Bréfritari: Gunnlaugur Oddsson
Dagsetning: A-1876-12-10
Skrifað á: Akureyri  Eyf.

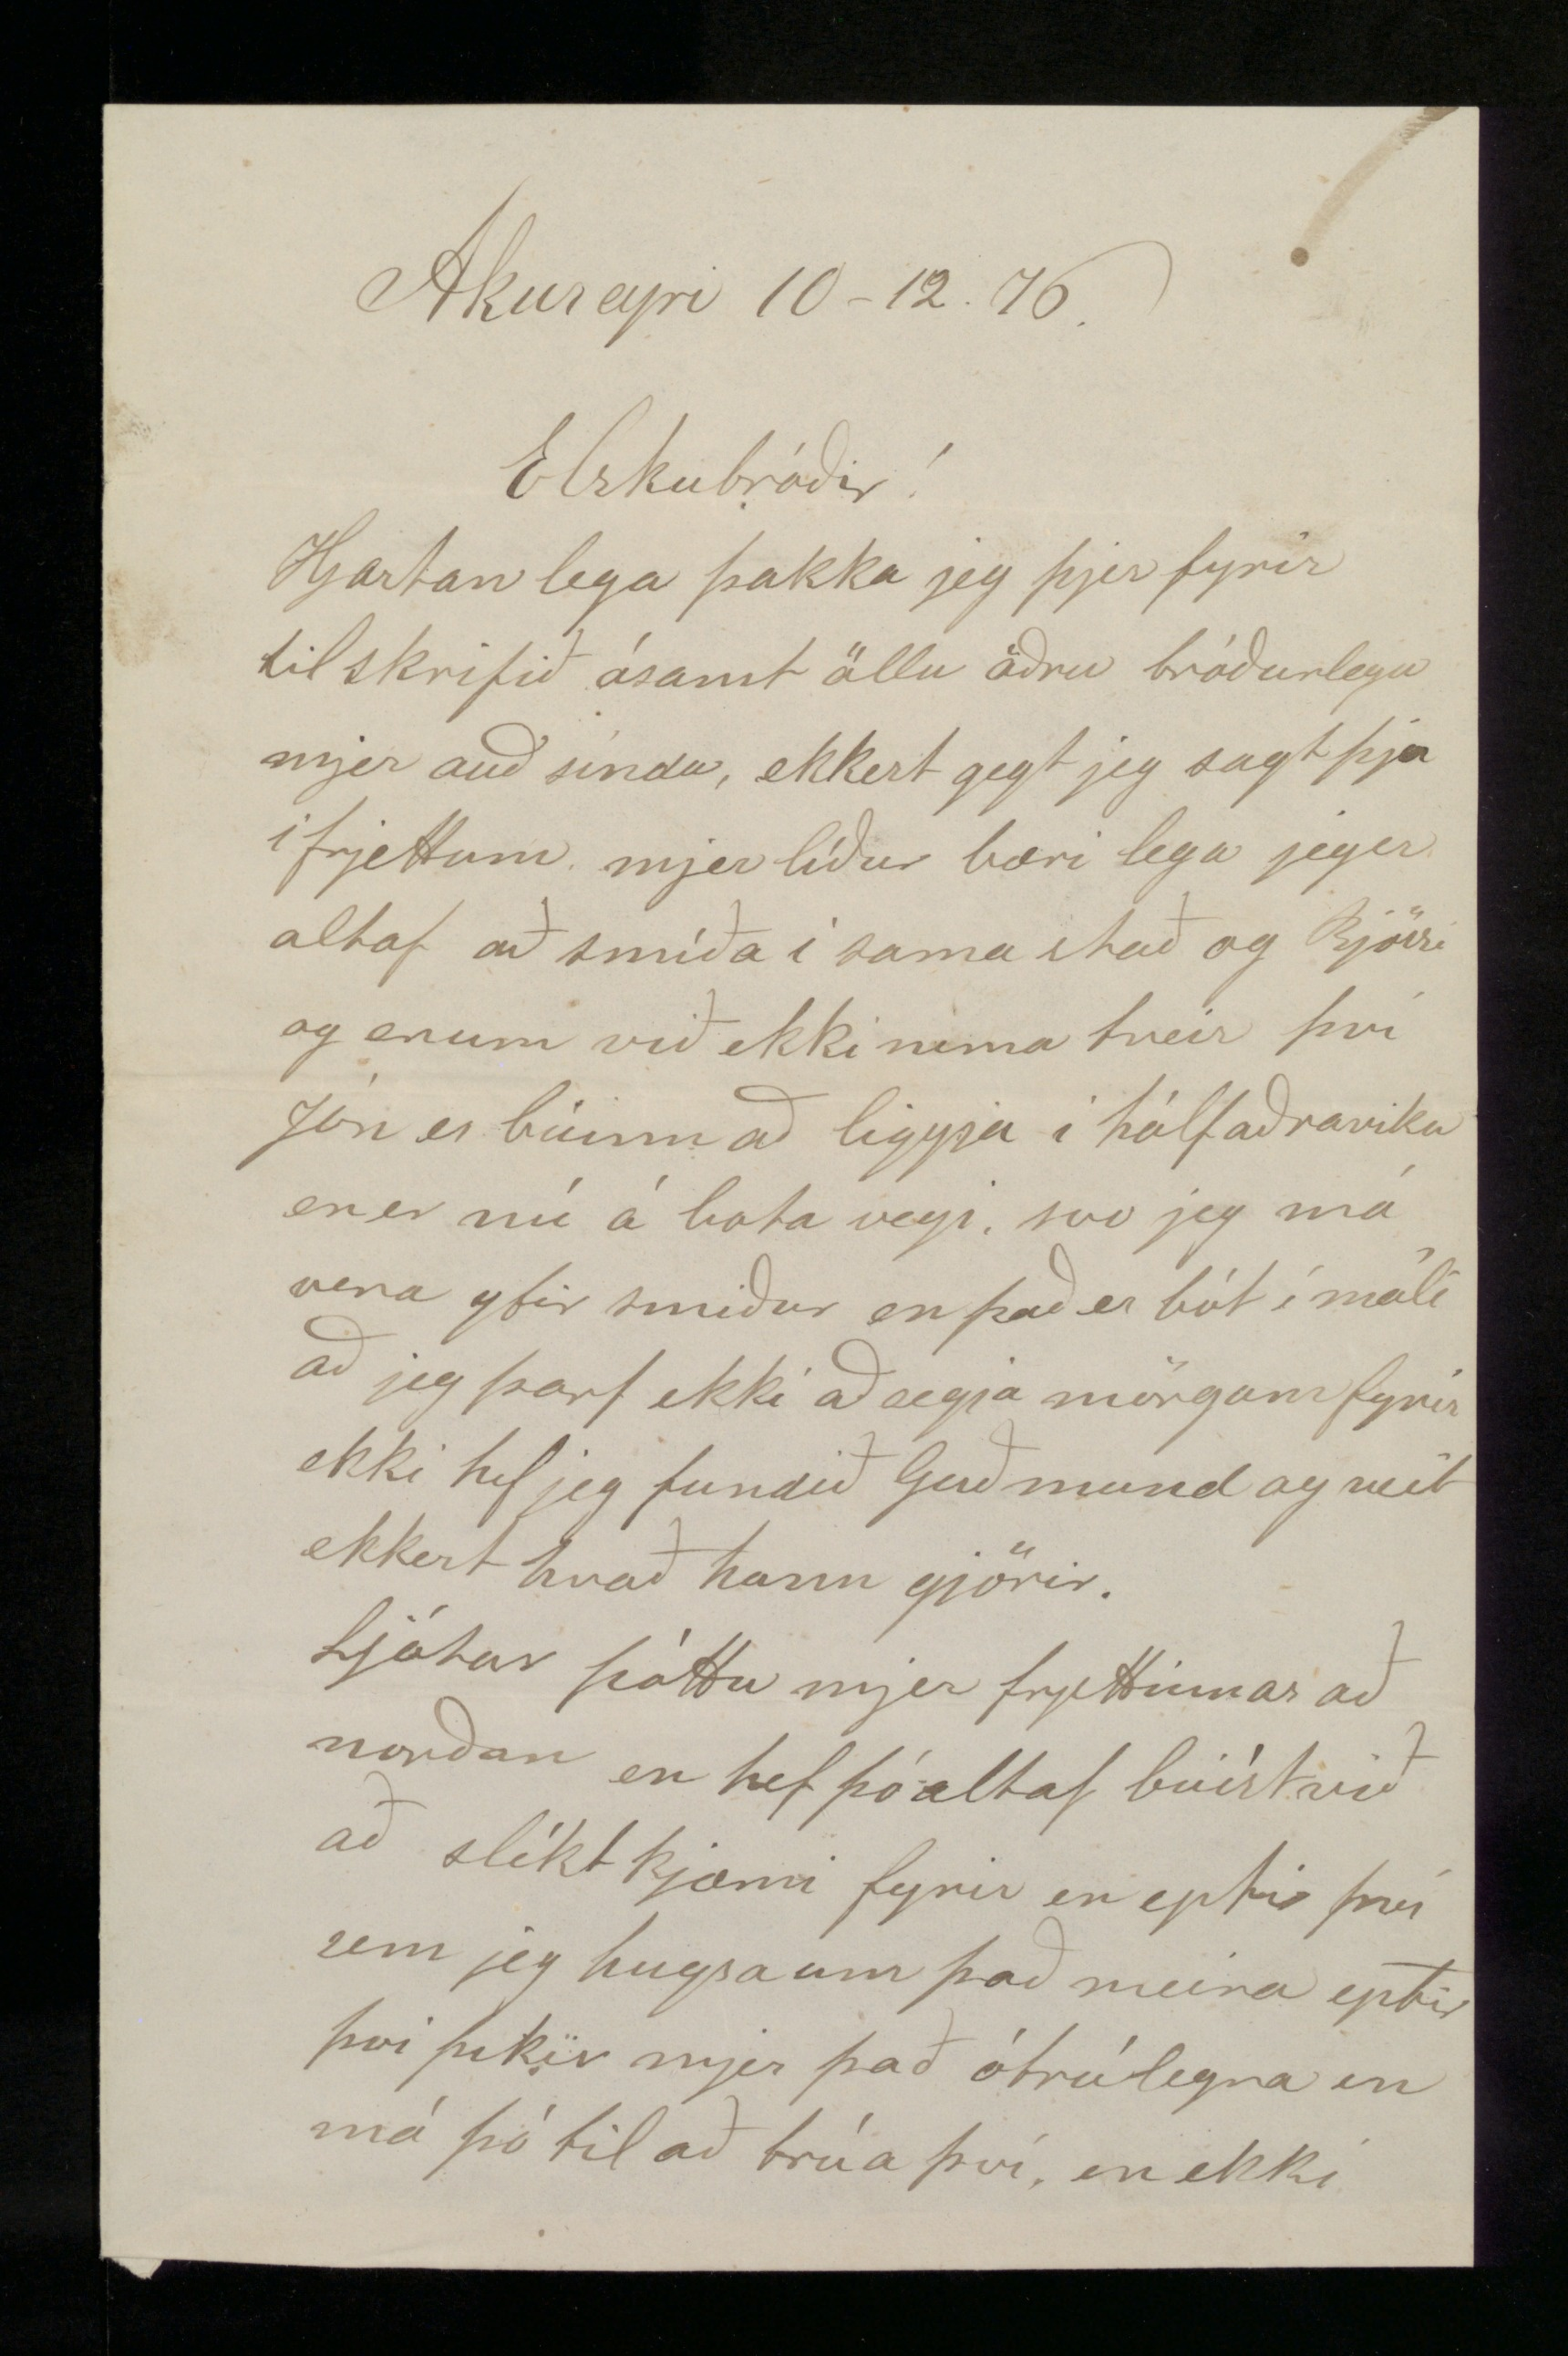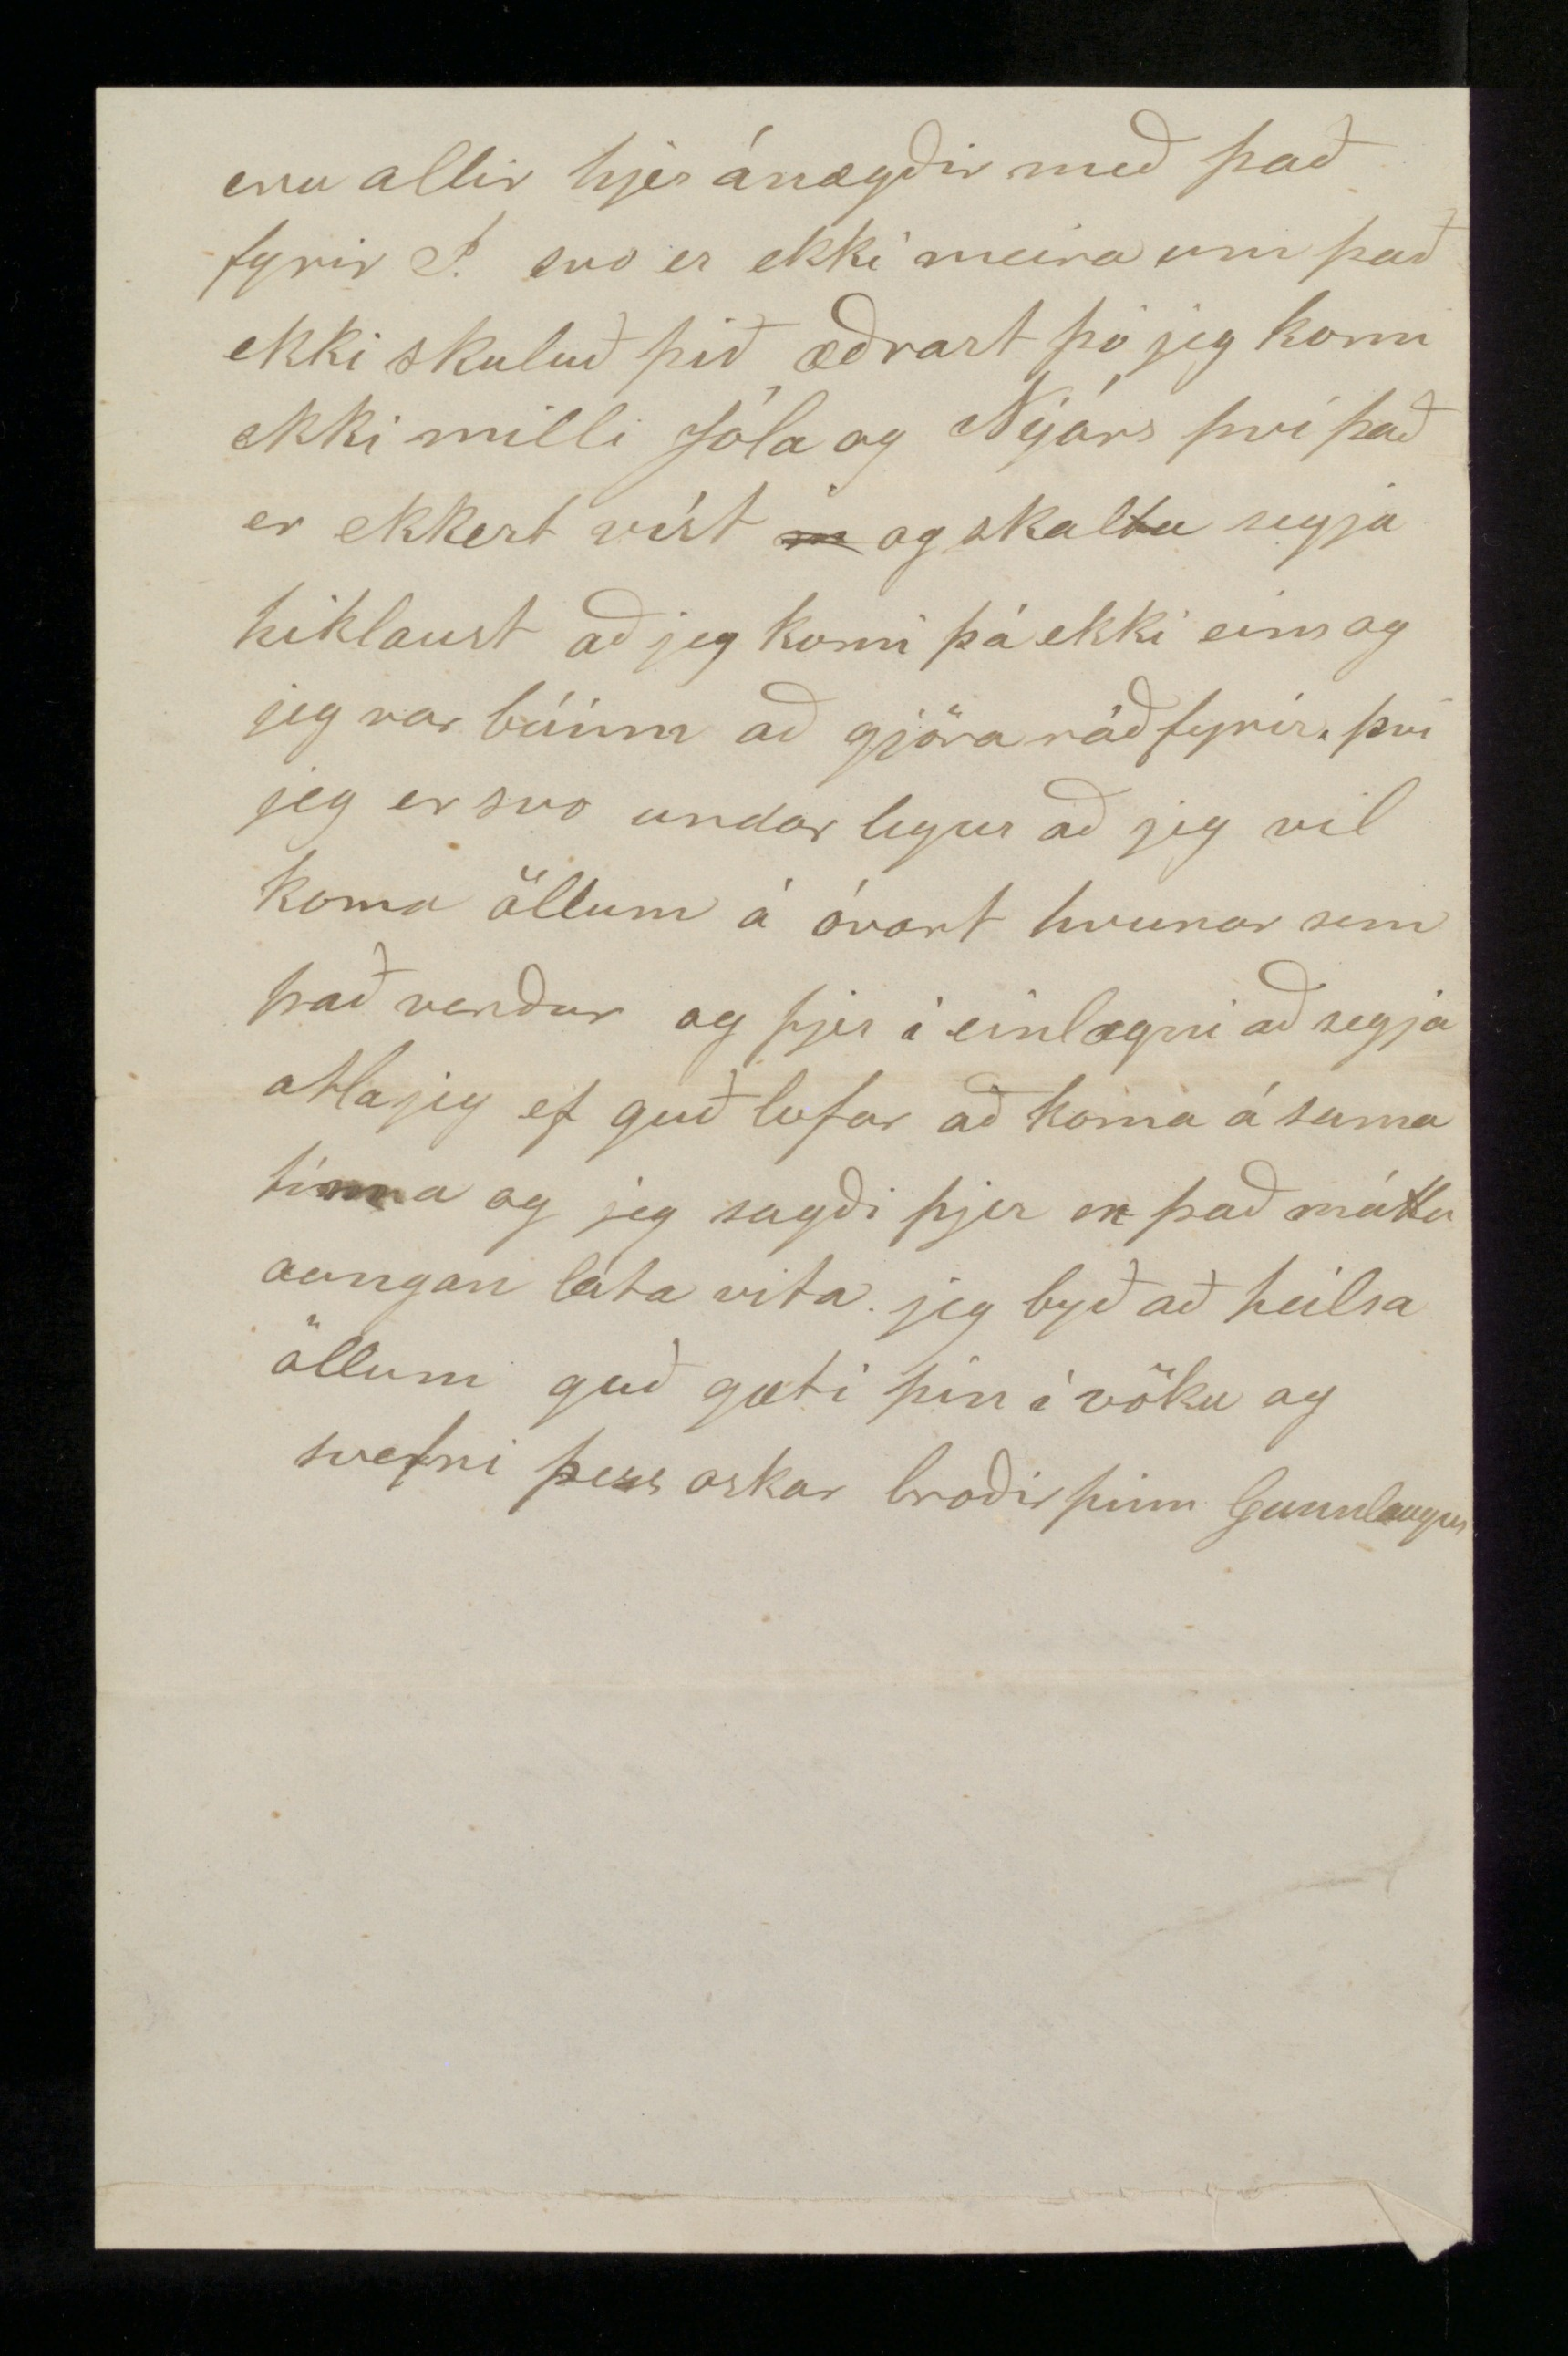

Akureyri 10-12. 76
Elsku bróðir!
Hjartanlega þakka jeg þjer fyrir tilskrifið ásamt öllu öðru bróðurlegu mjer auð síndar, ekkert get jeg sagt þjer í frjettum mjer líður bæri lega jeg er altaf að smíða í sama stað og Bjössi og erum við ekki nema tveir því Jón er búinn að liggja í hálfaðraviku en er nú á bata vegi svo jeg má vera yfir smiður en það er bót í máli að jeg þarf ekki að segja mörgum fyrir ekki hef jeg fundið Guðmund og veit ekkert hvað hann gjörir.
Ljótar þóttu mjer frjettirnar að norðan en hef þó altaf búist við að slíkt kjæmi fyrir en eptir því sem jeg hugsa um það meira eptir því þikir mjer það ótrúlegra en má þó til að trúa því en ekki
eru allir hjer ánægðir með það fyrir
2!
svo er ekki meira um það ekki skuluð þið æðrast þó jeg komi ekki milli Jóla og Nýárs því það er ekkert víst og skaltu segja hiklaust að jeg komi þá ekki eins og jeg var búinn að gjöra ráð fyrir, því jeg er svo undarlegur að jeg vil koma öllum á óvart hvunar sem það verður og þjer í einlægni að segja atla jeg ef guð lofar að koma á sama tíma og jeg sagði þjer en það máttu aungan láta vita jeg byð að heilsa öllum guð gæti þín í vöku og svefni þess oskar broðir þinn Gunnlaugur